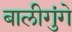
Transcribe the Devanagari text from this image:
बालीगुंगे